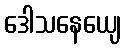
ဒေါသနေယျေ